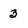
Character: 3